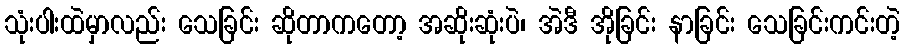
သုံးပါးထဲမှာလည်း သေခြင်း ဆိုတာကတော့ အဆိုးဆုံးပဲ၊ အဲဒီ အိုခြင်း နာခြင်း သေခြင်းကင်းတဲ့